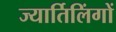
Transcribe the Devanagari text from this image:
ज्यार्तिलिंगों